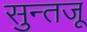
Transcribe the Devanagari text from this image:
सुन्तजू